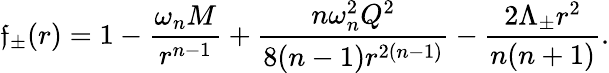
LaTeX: \mathfrak{f}_{\pm}(r)=1-\frac{{\omega_{n}M}}{{r^{n-1}}}+\frac{{n\omega_{n}^{2}Q^{2}}}{{8(n-1)r^{2(n-1)}}}-\frac{{2\Lambda_{\pm}r^{2}}}{{n(n+1)}}.